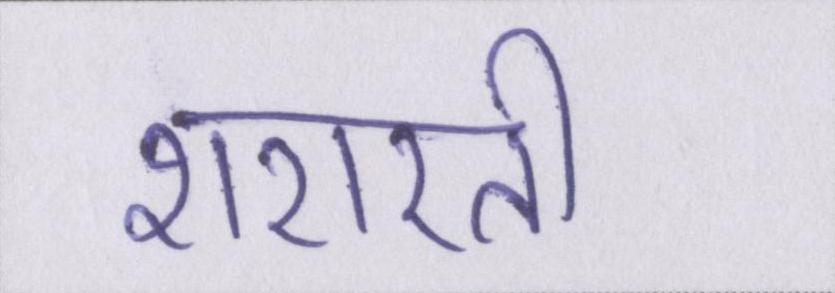
शरारती